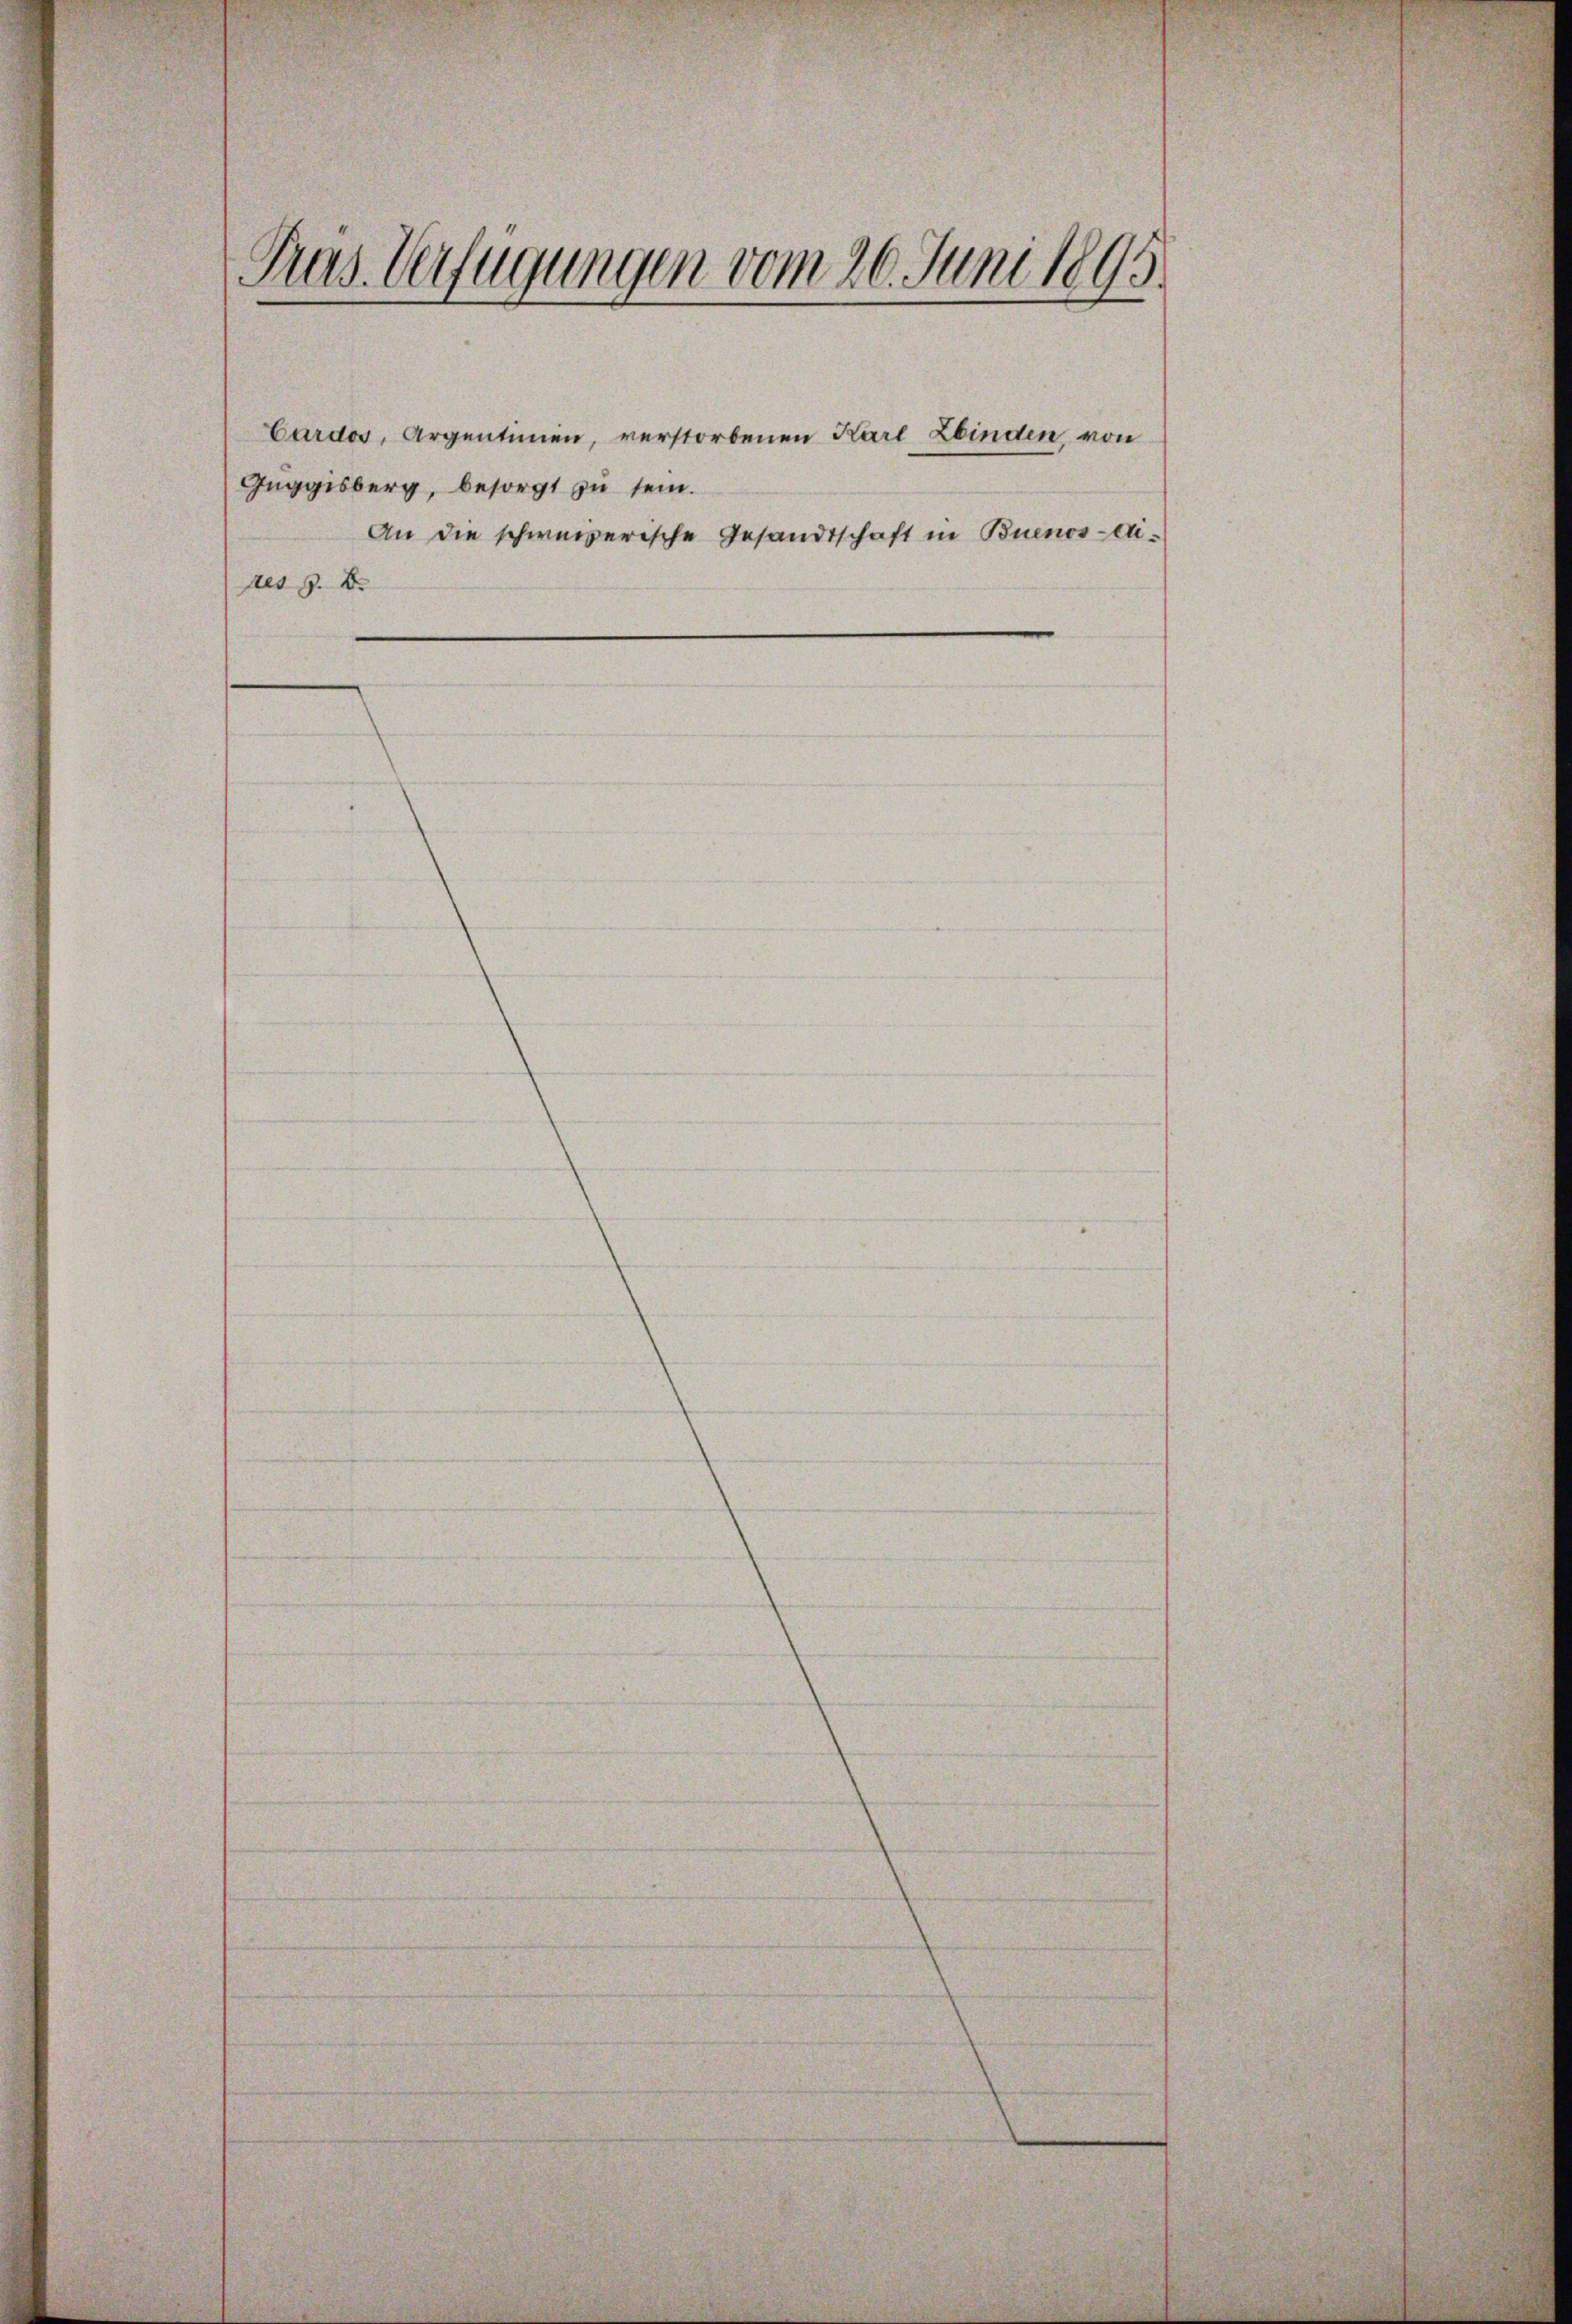
Präs. Verfügungen vom 26. Juni 1895

Cardos, Argentimen, verstorbenen Karl Ebinden von
Geggisberg, besorgt zu sein.
An die schweizerische Gesandtschaft in Buenos-dires z. B.